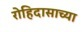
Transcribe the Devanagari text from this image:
रोहिदासाच्या